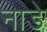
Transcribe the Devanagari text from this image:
नाडे